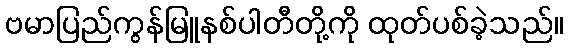
ဗမာပြည်ကွန်မြူနစ်ပါတီတို့ကို ထုတ်ပစ်ခဲ့သည်။